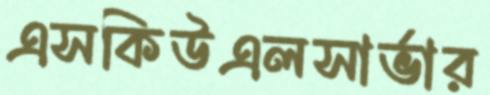
এসকিউএলসার্ভার